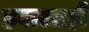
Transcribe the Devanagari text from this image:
हवालाही